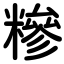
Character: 糝